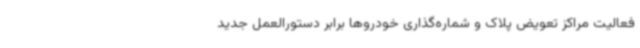
فعالیت مراکز تعویض پلاک و شماره‌گذاری خودروها برابر دستورالعمل جدید